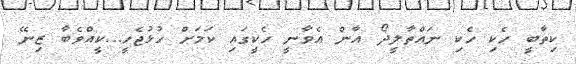
ކިތާބީ ހެކި ހެކި ނައްތާލީދޯ އާން އެވާނީ ހެކީގައި ކަމަށް ހުޅުޖެހީ...ކީއްވެބާ ޒިނޭ